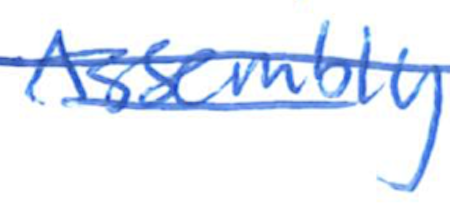
Text: Assembly
Cross-out: mix
Writing tool: ballpoint